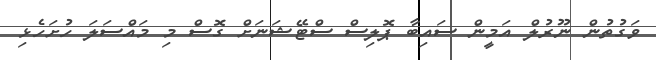
ވަގުތުން ނޫރުލް އަމީން ސައިބާ ޕޮލިސް ސްޓޭޝަނަށް ގޮސް މި މައްސަލަ ހުށަހެޅި